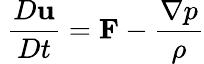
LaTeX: \ {\frac{D\mathbf{u}}{Dt}}=\mathbf{F}-{\frac{\nabla p}{\rho}}